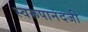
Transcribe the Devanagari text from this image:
स्वरूपानंदजी